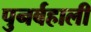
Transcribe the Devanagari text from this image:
पुनर्बहाली